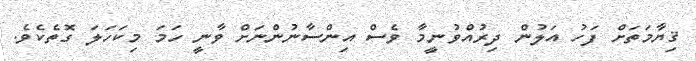
ޤިޔާމަތަށް ފަހު އަލުން ދިރުއްވުނީމާ ވެސް އިންސާނުންނަށް ވާނީ ހަމަ މިކަހަލަ ގޮތެކެވެ.